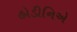
હોડીનિએ